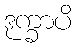
ဒုက္ခာပိ